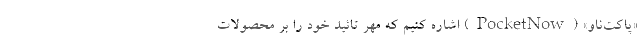
«پاکت‌ناو» (PocketNow) اشاره کنیم که مهر تائید خود را بر محصولات